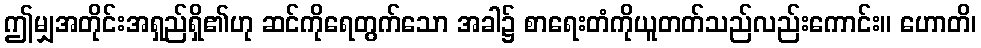
ဤမျှအတိုင်းအရှည်ရှိ၏ဟု ဆင်ကိုရေတွက်သော အခါ၌ စာရေးတံကိုယူတတ်သည်လည်းကောင်း။ ဟောတိ၊